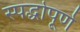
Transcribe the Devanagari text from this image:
स्पर्द्धापूर्ण